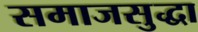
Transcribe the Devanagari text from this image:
समाजसुद्धा